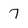
Character: 7